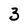
Character: 3